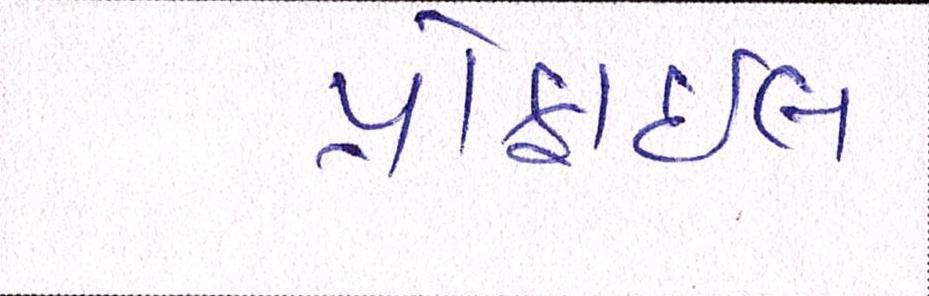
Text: પ્રોફાઇલ